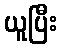
ယူပြီး